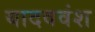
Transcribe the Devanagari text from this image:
यादववंश